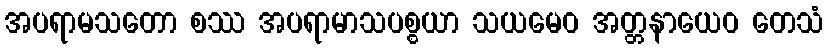
အပရာမသတော စဿ အပရာမာသပစ္စယာ သယမေဝ အတ္တနာယေဝ တေသံ